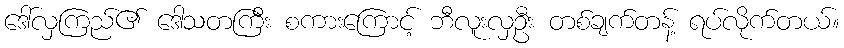
ဒေါ်လှကြည်၏ ဒေါသတကြီး စကားကြောင့် ဘီလူးလှဦး တစ်ချက်တန့် ရပ်လိုက်တယ်။